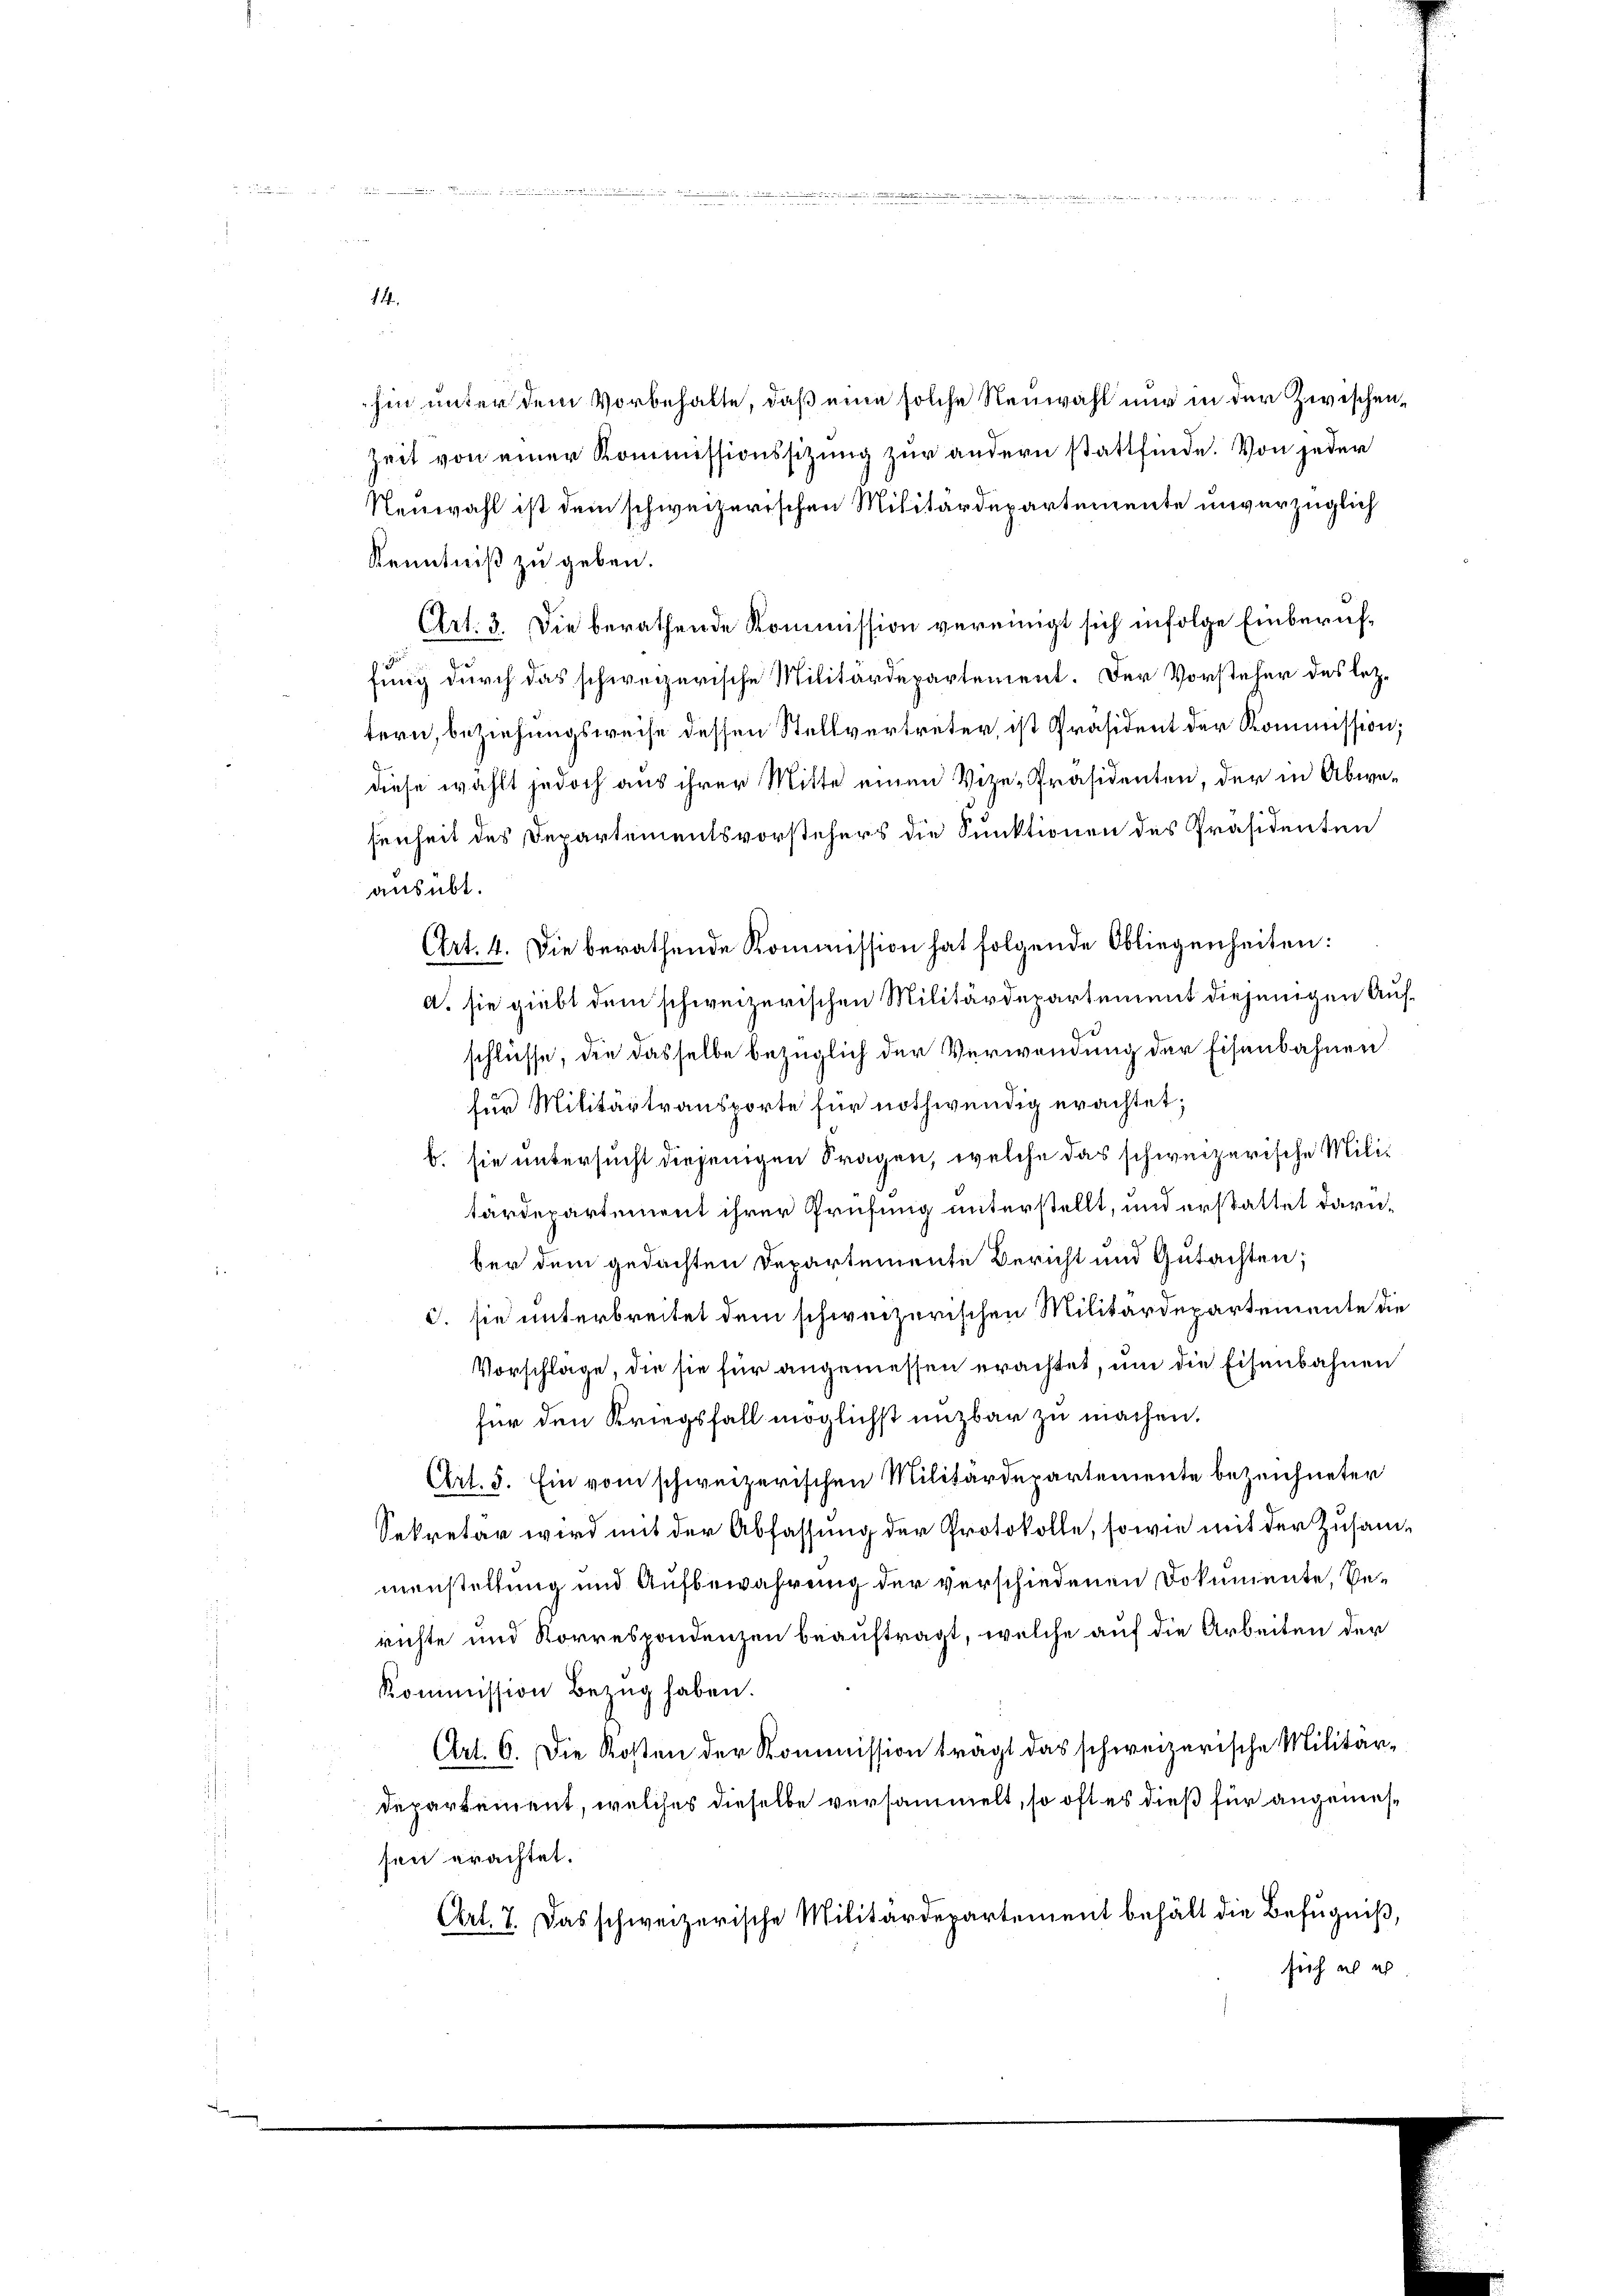
a

hin unter dem Vorbehalte, daß eine solche Neuwahl nur in der Zwischen¬
Zeit von einer Kommissionssitzung zur andern stattfinde. Von jeder
Neuwahl ist dem schweizerischen Militärdepartemente unverzüglich
Kenntniß zu geben.
Art. 3. Die berathende Kommission vereinigt sich infolge Einberuffung durch das schweizerische Militärdepartement. Der Vorsteher des letztern, beziehungsweise dessen Stellvertreter, ist Präsident der Kommission;
diese wählt jedoch aus ihrer Mitte einen Vize-Präsidenten, der in Abwesenheit des Departementsvorstehers die Sunktionen des Präsidenten
ausübt.
Art. 4. Die berathende Kommission hat folgende Obliegenheiten:
A. sie giebt dem schweizerischen Militärdepartement diejenigen Aufschlüsse, die dasselbe bezüglich der Verwendung der Eisenbahnen
für Militärtransporte für nothwendig erachtet;
b. sie untersucht diejenigen Fragen, welche das schweizerische Militardepartement ihrer Prüfung unterstellt, und erstattet darüber dem gedachten Departemente Bericht und Gutachten;
d. sie unterbreitet dem schweizerischen Militärdepartemente die
Vorschlage, die sie für angemessen erachtet, um die Eisenbahnen
für den Kriegsfall möglichst unzbar zu machen.
Art. 5. Ein vom schweizerischen Militärdepartemente bezeichneter
Sekretär wird mit der Abfassung der Protokolle, sowie mit der Zusammenstellung und Aufbewahrung der verschiedenen Dokumente, Verichte und Korrespondenzen beauftragt, welche auf die Arbeiten der
Kommission Bezug haben.
Art. 6. Die Kosten der Kommission tragt das schweizerische Militärdepartement, welches dieselbe versammelt, so oft es dieß für angemessen erachtet.
Cert. 7. Das schweizerische Militärdepartement behält die Befugniß,
sich ich ich

14.